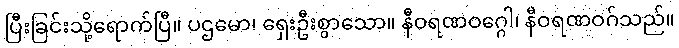
ပြီးခြင်းသို့ရောက်ပြီ။ ပဌမော၊ ရှေးဦးစွာသော။ နီဝရဏဝဂ္ဂေါ၊ နီဝရဏဝဂ်သည်။